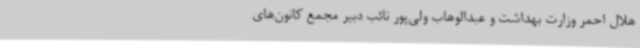
هلال احمر وزارت بهداشت و عبدالوهاب ولی‌پور نائب دبیر مجمع کانون‌های